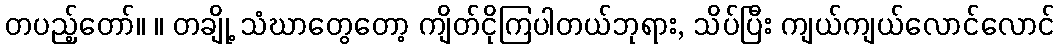
တပည့်တော်။ ။ တချို့ သံဃာတွေတော့ ကျိတ်ငိုကြပါတယ်ဘုရား, သိပ်ပြီး ကျယ်ကျယ်လောင်လောင်